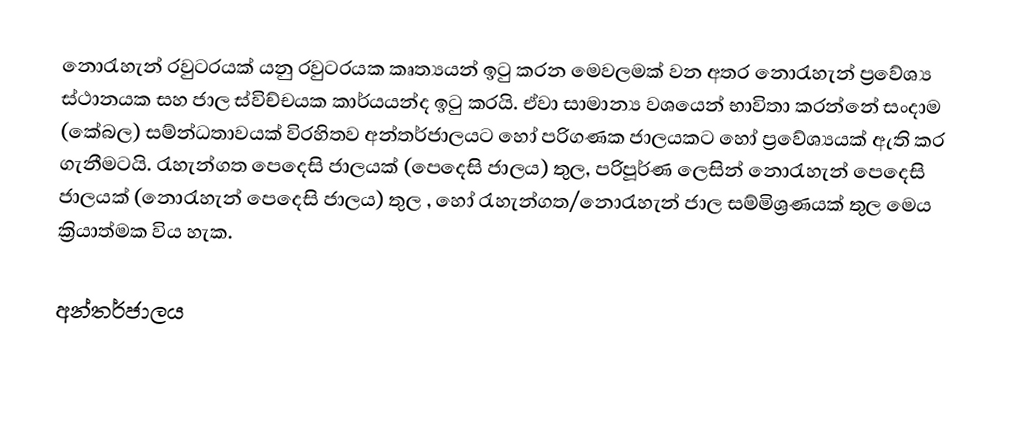
නොරැහැන් රවුටරයක් යනු  රවුටරයක කෘත්‍යයන් ඉටු කරන මෙවලමක් වන අතර  නොරැහැන් ප්‍රවේශ්‍ය ස්ථානයක සහ ජාල ස්විච්චයක කාර්යයන්ද ඉටු කරයි. ඒවා සාමාන්‍ය වශයෙන් භාවිතා කරන්නේ සංදාම (කේබල) සම්න්ධතාවයක් විරහිතව අන්තර්ජාලයට හෝ  පරිගණක ජාලයකට හෝ ප්‍රවේශ්‍යයක් ඇති කර ගැනීමටයි.  රැහැන්ගත පෙදෙසි ජාලයක් (පෙදෙසි ජාලය) තුල, පරිපූර්ණ ලෙසින් නොරැහැන් පෙදෙසි ජාලයක් (නොරැහැන් පෙදෙසි ජාලය) තුල , හෝ රැහැන්ගත/නොරැහැන් ජාල සම්මිශ්‍රණයක් තුල මෙය ක්‍රියාත්මක විය හැක.

අන්තර්ජාලය